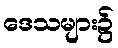
ဒေသများ၌